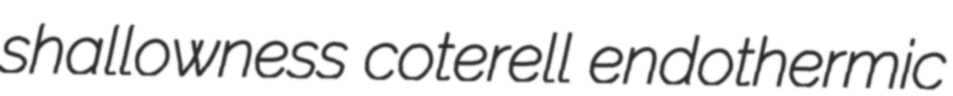
shallowness coterell endothermic